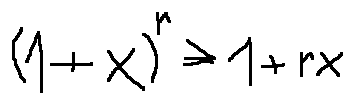
( 1 + x ) ^ { r } \geq 1 + r x